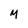
Character: M